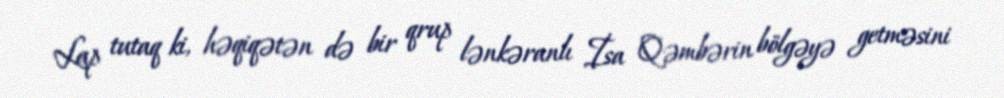
Lap tutaq ki, həqiqətən də bir qrup lənkəranlı İsa Qəmbərin bölgəyə getməsini